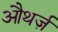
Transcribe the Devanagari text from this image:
औथर्ज़